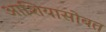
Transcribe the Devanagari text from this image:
आशियासोबत